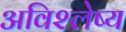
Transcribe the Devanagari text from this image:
अविश्लेष्य